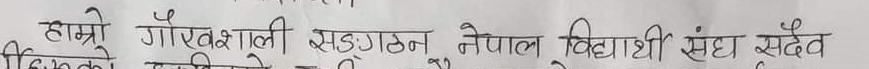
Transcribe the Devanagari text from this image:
हाम्रो गौरवशाली संगठन नेपाल विद्यार्थी संघ सदैव